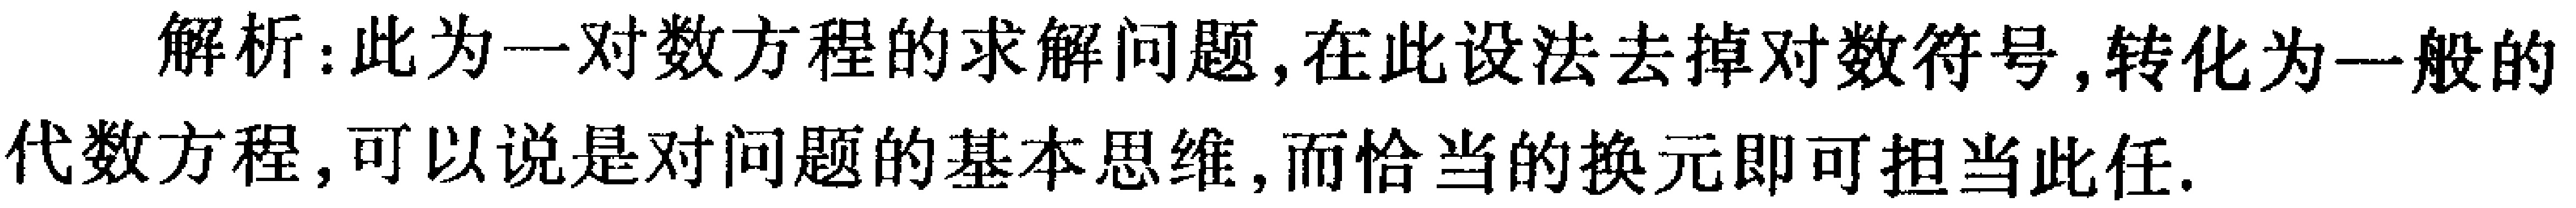
解析：此为一对数方程的求解问题,在此设法去掉对数符号,转化为一般的代数方程,可以说是对问题的基本思维,而恰当的换元即可担当此任.